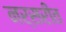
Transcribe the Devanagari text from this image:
नर्सरीत